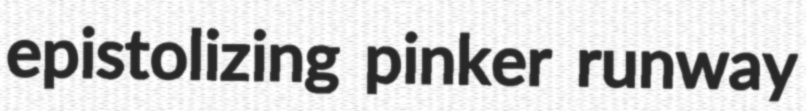
epistolizing pinker runway